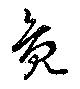
鳧